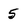
Character: 5